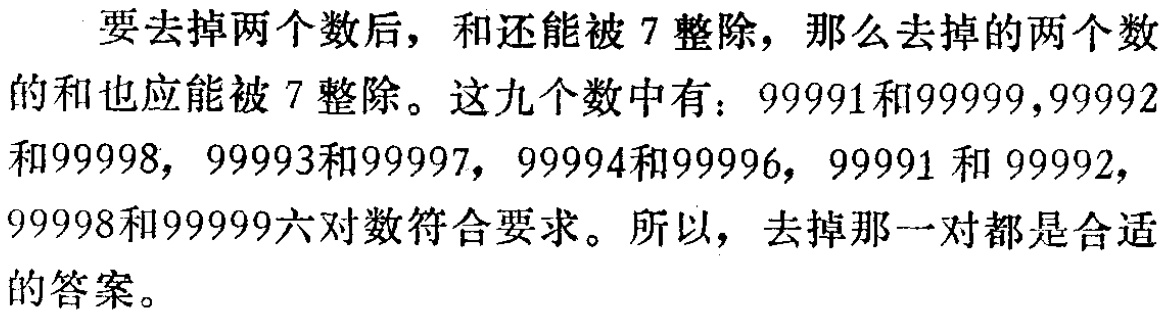
要去掉两个数后，和还能被 \(7\) 整除，那么去掉的两个数的和也应能被 \(7\) 整除。这九个数中有：\(99991\)和\(99999\)，\(99992\)和\(99998\)，\(99993\)和\(99997\)，\(99994\)和\(99996\)，\(99991\) 和 \(99992\)，\(99998\)和\(99999\)六对数符合要求。所以，去掉那一对都是合适的答案。